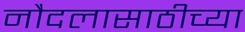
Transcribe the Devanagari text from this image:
नौदलासाठीच्या